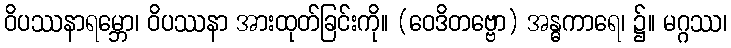
ဝိပဿနာရမ္ဘော၊ ဝိပဿနာ အားထုတ်ခြင်းကို။ (ဝေဒိတဗ္ဗော) အန္ဓကာရေ၊ ၌။ မဂ္ဂဿ၊